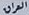
العراق